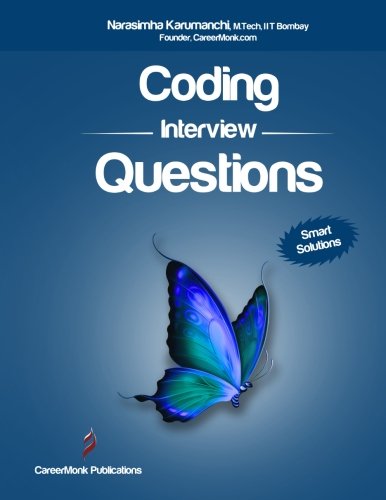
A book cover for Coding Interview Questions; Narasimha Karumanchi; Business & Money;